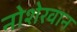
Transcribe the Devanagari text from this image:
नोशेरवान